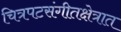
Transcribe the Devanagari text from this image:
चित्रपटसंगीतक्षेत्रात